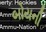
બોયની